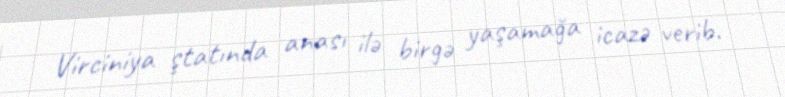
Virciniya ştatında anası ilə birgə yaşamağa icazə verib.